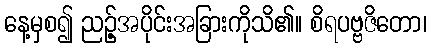
နေ့မှစ၍ ညဉ့်အပိုင်းအခြားကိုသိ၏။ စိရပဗ္ဗဇိတော၊